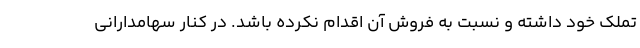
تملک خود داشته و نسبت به فروش آن اقدام نکرده باشد. در کنار سهامدارانی